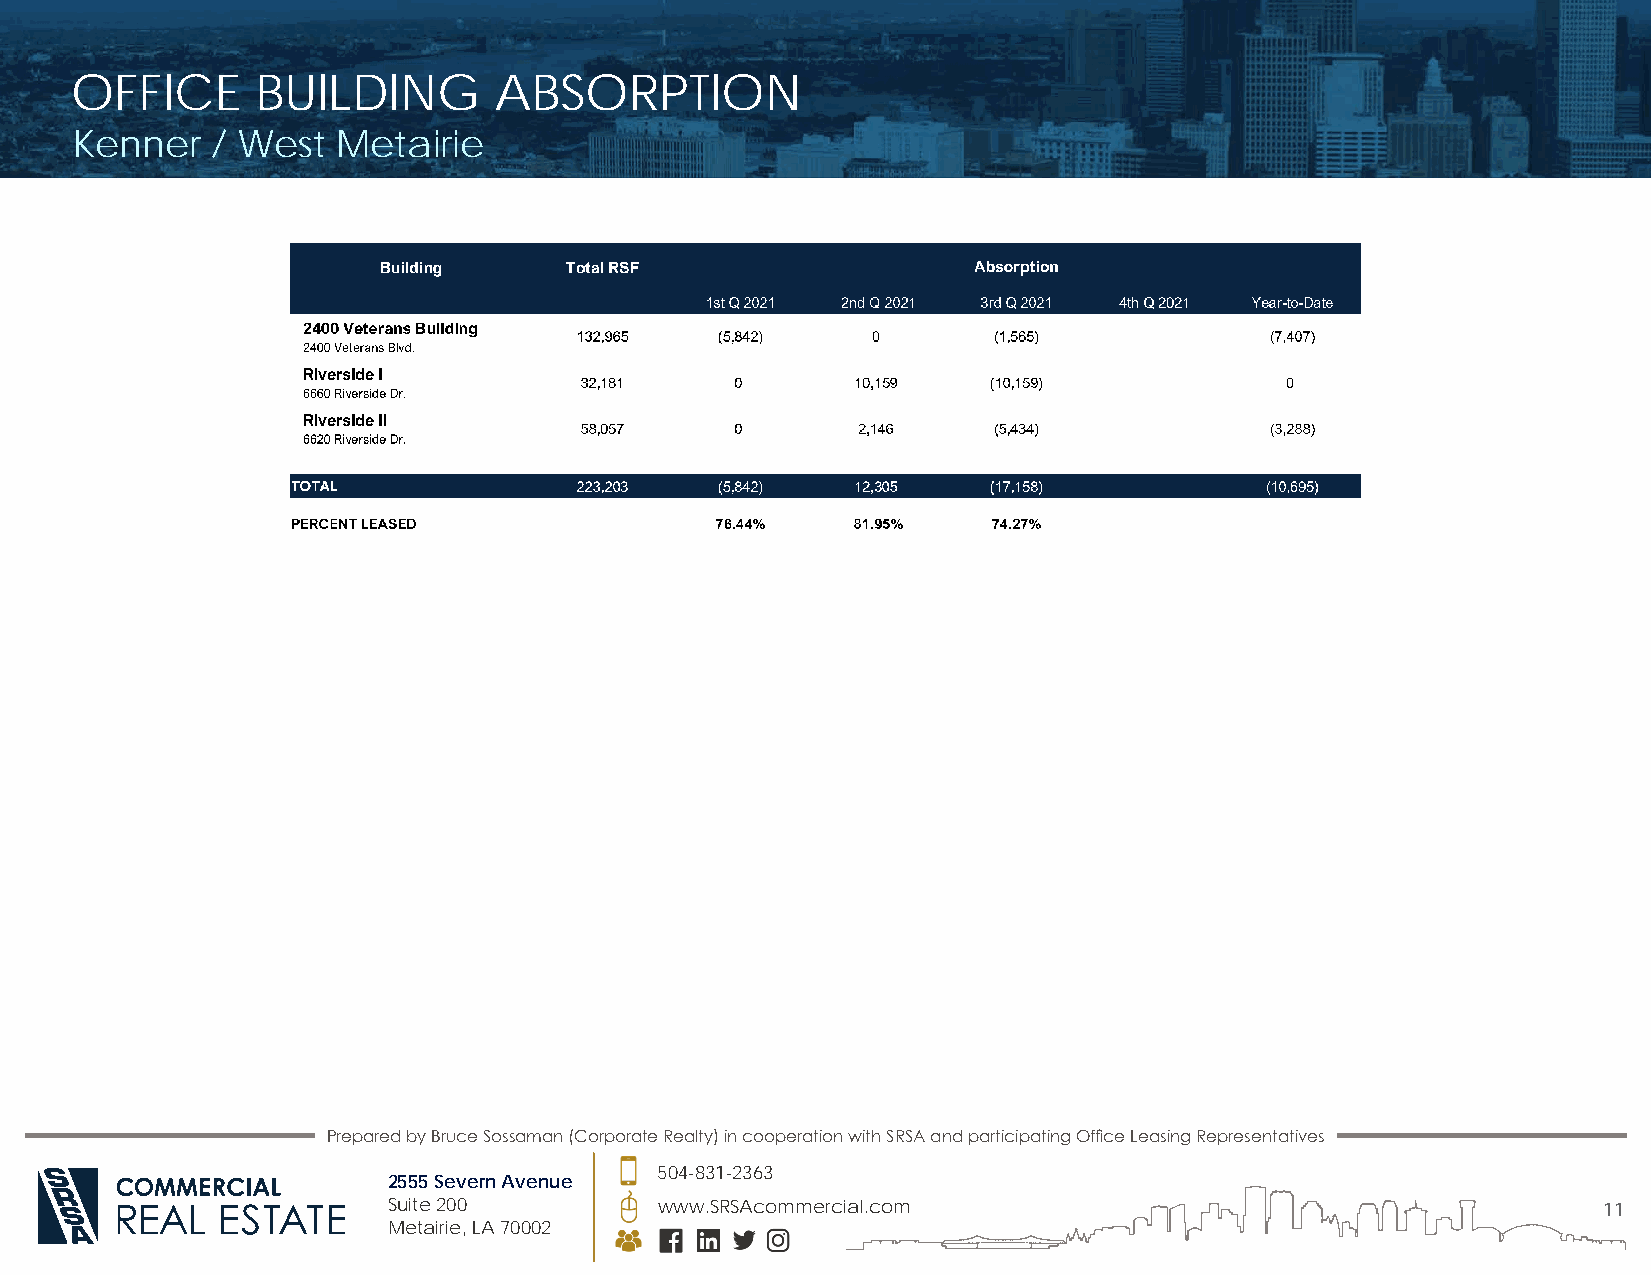
OFFICE      BUILDING        ABSORPTION
 Kenner   / West  Metairie
 Prepared by Bruce Sossaman (Corporate Realty) in cooperation with SRSA and participating Office Leasing Representatives
 504-831-2363
 2555 Severn Avenue
 Suite 200         www.SRSAcommercial.com                                        11
 Metairie, LA 70002